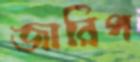
জারিপ